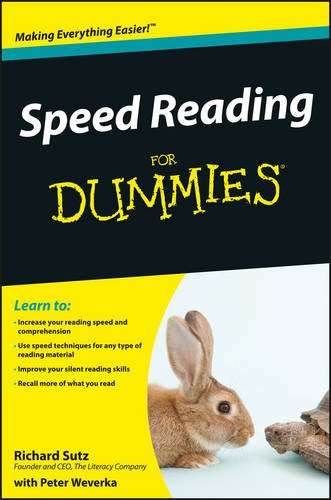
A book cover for Speed Reading For Dummies; Richard Sutz; Education & Teaching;